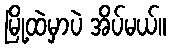
မြို့ထဲမှာပဲ အိပ်မယ်။